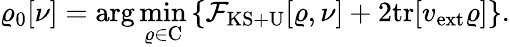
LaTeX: {\displaystyle\varrho_{\mathrm{0}}[\nu]=\arg\operatorname*{min}_{\varrho\in\mathrm{C}}\left\{ {\cal F}_{\mathrm{KS+U}}[\varrho,{\nu}]+2\mathrm{tr}[v_{\mathrm{ext}}\varrho]\right\} }.